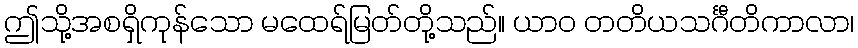
ဤသို့အစရှိကုန်သော မထေရ်မြတ်တို့သည်။ ယာဝ တတိယသင်္ဂီတိကာလာ၊